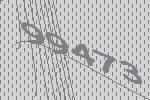
99473